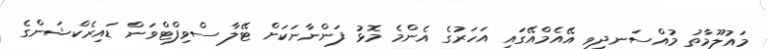
މައުލޫމާތު މުއްސަނދިވި އޭއެމްއޭގައި އަހަރުގެ އެންމެ މޮޅު ފަންނާނަކަށް ޓޭލާ ސްވިފްޓްވަން ޑައިރެކްޝަންގެ